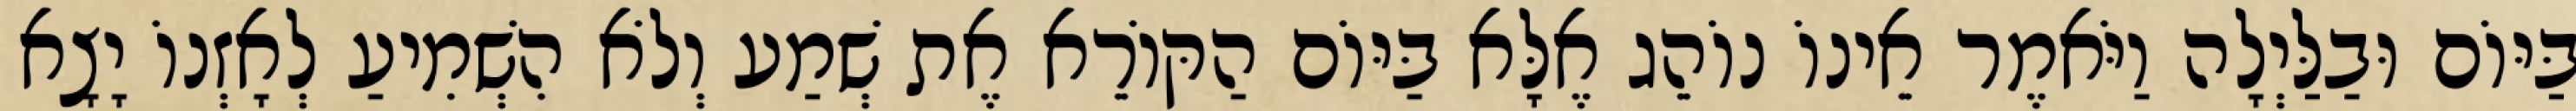
בַּיּוֹם וּבַלַּיְלָה וַיֹּאמֶר אֵינוֹ נוֹהֵג אֶלָּא בַּיּוֹם הַקּוֹרֵא אֶת שְׁמַע וְלֹא הִשְׁמִיעַ לְאָזְנוֹ יָצָא